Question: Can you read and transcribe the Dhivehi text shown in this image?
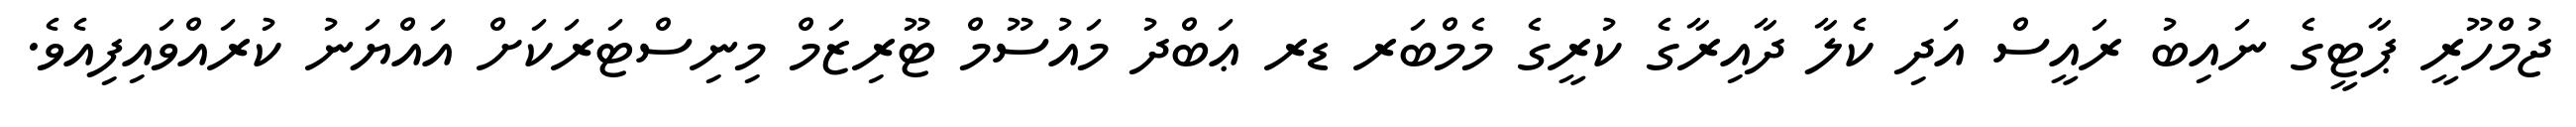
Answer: ޖުމްހޫރީ ޕާޓީގެ ނައިބު ރައީސް އަދި ކެލާ ދާއިރާގެ ކުރީގެ މެމްބަރ ޑރ ޢަބްދު މައުސޫމް ޓޫރިޒަމް މިނިސްޓަރަކަށް އައްޔަނު ކުރައްވައިފިއެވެ.